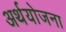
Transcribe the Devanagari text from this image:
अर्थयोजना